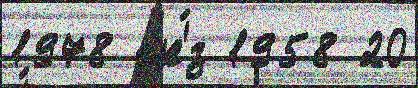
1978 гр'́з 1958 20